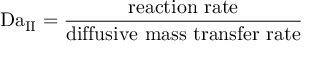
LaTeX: \mathrm { D a } _ { \mathrm { I I } } = { \frac { \mathrm { r e a c t i o n ~ r a t e } } { \mathrm { d i f f u s i v e ~ m a s s ~ t r a n s f e r ~ r a t e } } }